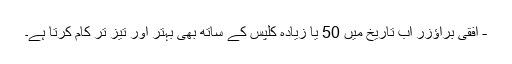
- افقی براؤزر اب تاریخ میں 50 یا زیادہ کلپس کے ساتھ بھی بہتر اور تیز تر کام کرتا ہے۔